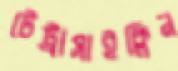
টেট্রাসাইক্লিন